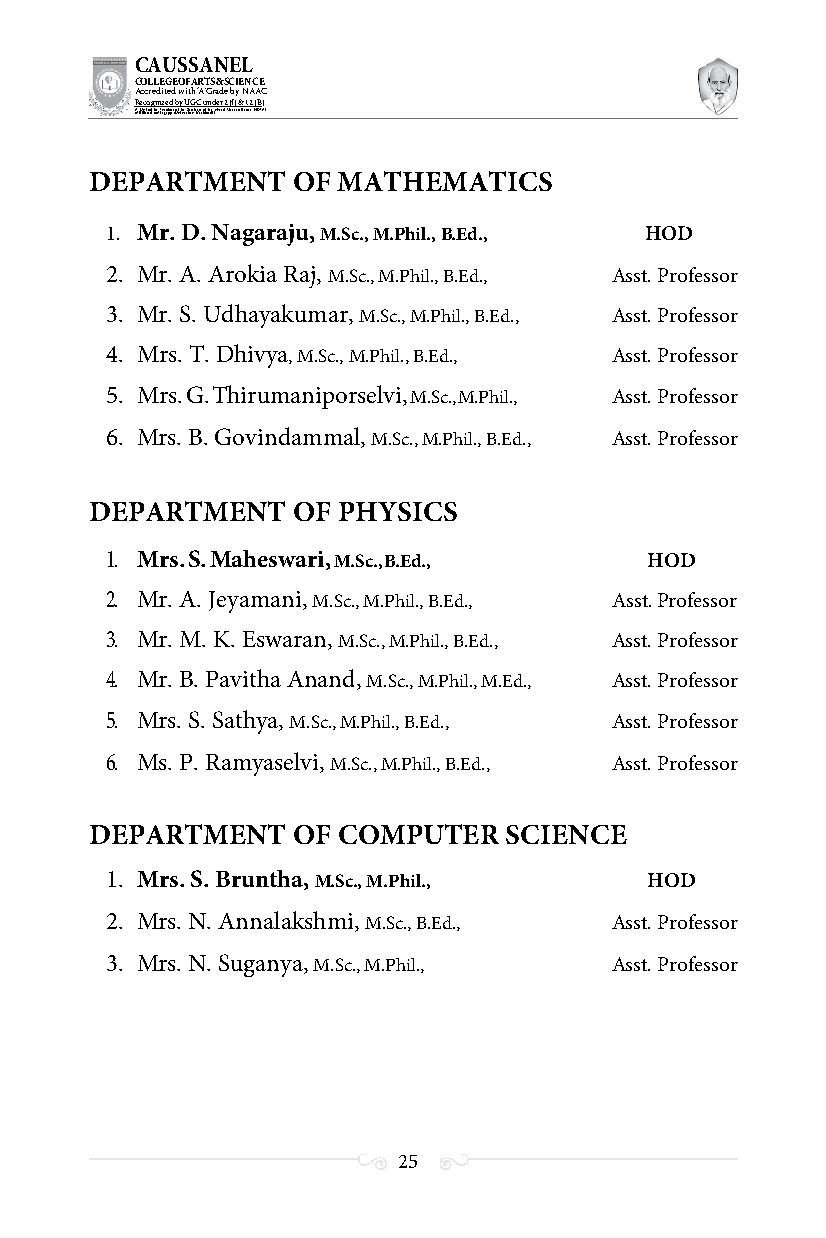
CAUSSANEL
 COLLEGE OF ARTS & SCIENCE
 Accredited with ‘A’ Grade by NAAC
 Recognized by UGC under 2 (f) & 12 (B)
 ((AA fUfilniaitt eodf ttoh eA Ilnasgtaitpuptae oUfn tihvee rBsirtoy,t hKerasr aoifk uthdei )S acred Heart of Jesus, INDIA)
 DEPARTMENT   OF MATHEMATICS
 1. Mr. D. Nagaraju, M.Sc., M.Phil., B.Ed., HOD
 2. Mr. A. Arokia Raj, M.Sc., M.Phil., B.Ed., Asst. Professor
 3. Mr. S. Udhayakumar, M.Sc., M.Phil., B.Ed., Asst. Professor
 4. Mrs. T. Dhivya, M.Sc., M.Phil., B.Ed., Asst. Professor
 5. Mrs. G. Thirumaniporselvi, M.Sc., M.Phil., Asst. Professor
 6. Mrs. B. Govindammal, M.Sc., M.Phil., B.Ed., Asst. Professor
 DEPARTMENT   OF PHYSICS
 1. Mrs. S. Maheswari, M.Sc., B.Ed., HOD
 2. Mr. A. Jeyamani, M.Sc., M.Phil., B.Ed., Asst. Professor
 3. Mr. M. K. Eswaran, M.Sc., M.Phil., B.Ed., Asst. Professor
 4. Mr. B. Pavitha Anand, M.Sc., M.Phil., M.Ed., Asst. Professor
 5. Mrs. S. Sathya, M.Sc., M.Phil., B.Ed., Asst. Professor
 6. Ms. P. Ramyaselvi, M.Sc., M.Phil., B.Ed., Asst. Professor
 DEPARTMENT   OF COMPUTER   SCIENCE
 1. Mrs. S. Bruntha, M.Sc., M.Phil., HOD
 2. Mrs. N. Annalakshmi, M.Sc., B.Ed., Asst. Professor
 3. Mrs. N. Suganya, M.Sc., M.Phil., Asst. Professor
 25